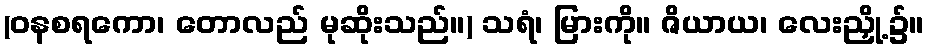
(ဝနစရကော၊ တောလည် မုဆိုးသည်။) သရံ၊ မြားကို။ ဇိယာယ၊ လေးညှို့၌။